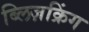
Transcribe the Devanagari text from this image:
ब्लिज़क्रिंग